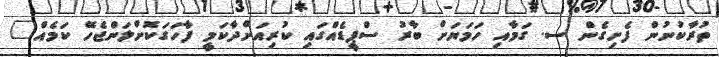
ތުރާކުނުން ފެށިގެން ސ. ގަމާއި ހަމަޔަށް ބާރު ސްޕީޑެއްގައި ކުރިއަށްދާކަމީ ފާހަގަކޮށްލަންޖެހޭ ކަމެއް"